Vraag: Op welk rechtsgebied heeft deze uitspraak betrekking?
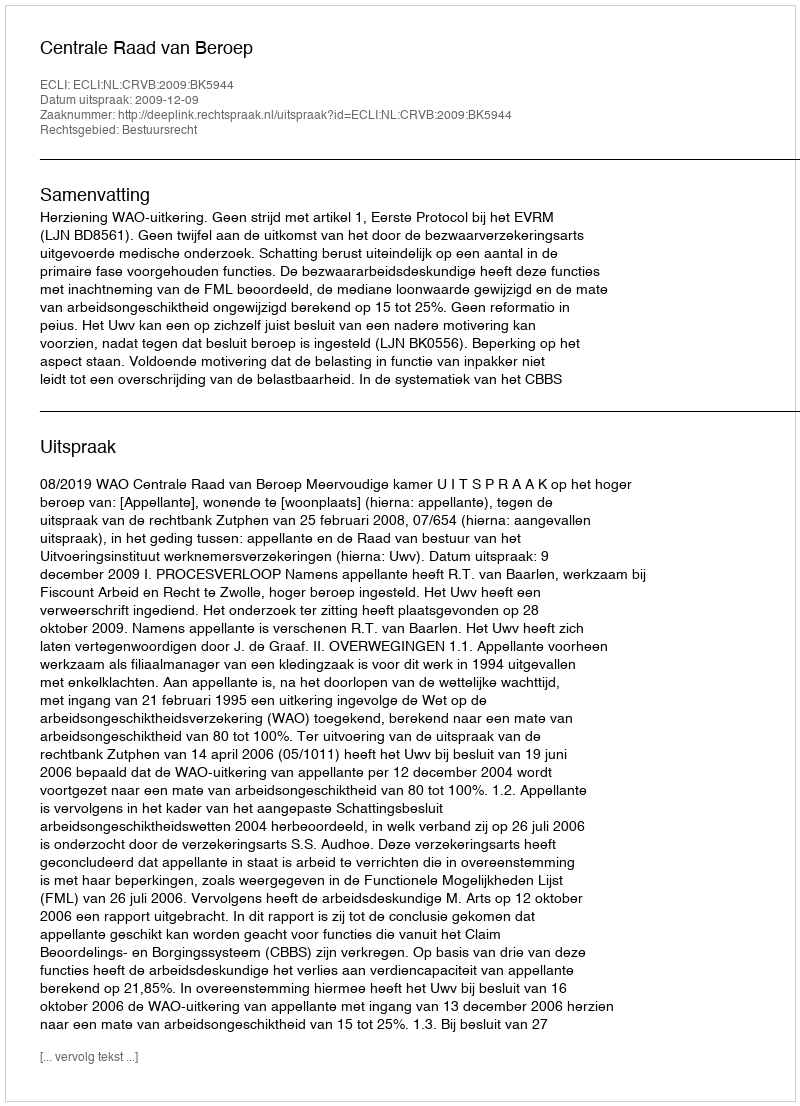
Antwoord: Bestuursrecht